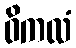
ဝိကလံ